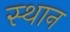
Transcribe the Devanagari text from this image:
स्‍थान